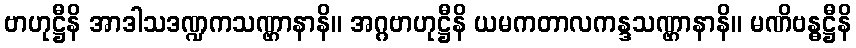
ဗာဟုဋ္ဌီနိ အာဒါသဒဏ္ဍကသဏ္ဌာနာနိ။ အဂ္ဂဗာဟုဋ္ဌီနိ ယမကတာလကန္ဒသဏ္ဌာနာနိ။ မဏိဗန္ဓဋ္ဌီနိ